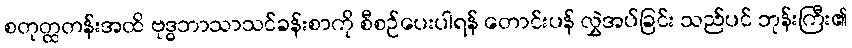
စတုတ္ထတန်းအထိ ဗုဒ္ဓဘာသာသင်ခန်းစာကို စီစဉ်ပေးပါရန် တောင်းပန် လွှဲအပ်ခြင်း သည်ပင် ဘုန်းကြီး၏